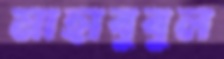
মাহাবুবুল